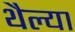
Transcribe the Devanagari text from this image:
थैल्या